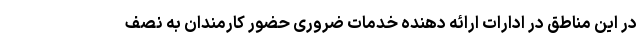
در این مناطق در ادارات ارائه دهنده خدمات ضروری حضور کارمندان به نصف